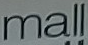
mall